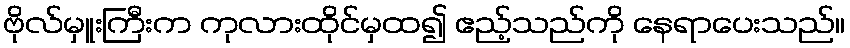
ဗိုလ်မှူးကြီးက ကုလားထိုင်မှထ၍ ဧည့်သည်ကို နေရာပေးသည်။